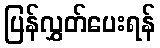
ပြန်လွှတ်ပေးရန်